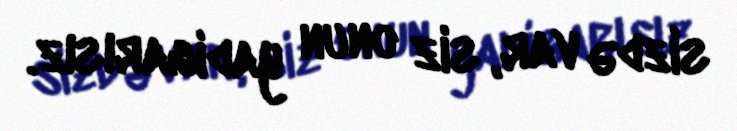
sizdə var, siz onun yadigarısız.